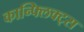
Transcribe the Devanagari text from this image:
कान्फ्लिक्ट्स